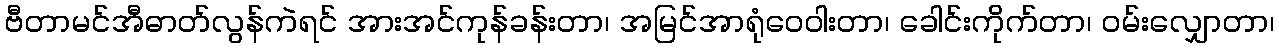
ဗီတာမင်အီဓာတ်လွန်ကဲရင် အားအင်ကုန်ခန်းတာ၊ အမြင်အာရုံဝေဝါးတာ၊ ခေါင်းကိုက်တာ၊ ဝမ်းလျှောတာ၊